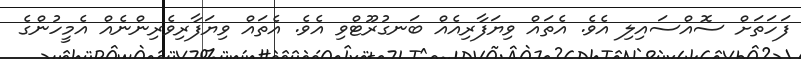
ފަހަތަށް ސޮއްސައިލި އެވެ. އެތައް ވިޔަފާރިއެއް ބަނގުރޫޓްވި އެވެ. އެތައް ވިޔަފާރިވެރިންނެއް އެމީހުންގެ